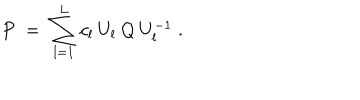
P \; = \; \sum _ { l = 1 } ^ { L } c _ { l } \: U _ { l } \: Q \: U _ { l } ^ { - 1 } \; .